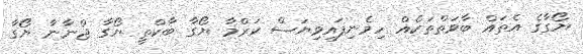
ޔޯގާގެ އެތައް ބާވަތްތަކެއް ހިމެނިފައިވިޔަސް ކަރްމާ ޔޯގާ ބާކްތީ ޔޯގާ ޖްނާނާ ޔޯގާ